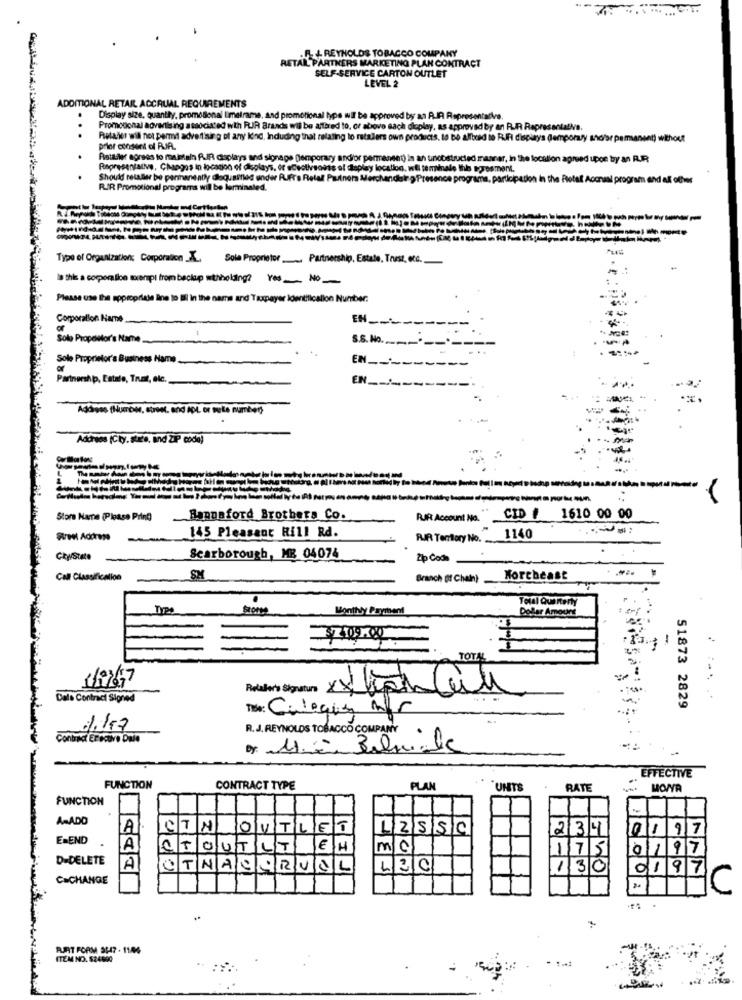
.R. L REYNOLDS TOBACCO COMPANY
RETAL PARTNERS MARKETING PLAN CONTRACT
SELF-SERVICE CARTON OUTLET
LEVEL 2
ADDITIONAL RETAIL ACCRUAL REQUIREMENTS
Display size, quantity, promotional limeirame, And promotional type wil be approved by an RIR Representative.
Promotional advertising associated with RUIR Brands will be alter ed to, or above sach display, as approved by an RJA RepresentabVe.
.
Retailer wil not permi advertising of any kind, Induding that relating to ratslers own products. to be alfbold io RIF displays (Temporary and/or permanent)
hout
prior consent of RUA.
Retailer agrees to maintain RIR displays and signage Demporary and/or permanent) in an tinobstructed manner, in the location agreed upon by an RUR
Representative, Changes in location of displays, or efectivaosss el ctoplay location, will teminale Ihle egresmant.
play location, wifi teminale Ihle egresment.
Should retaller be permanently Claquaitled under Pufra Retal
Hrchandsir > Presence programs, participation in the Riotal Accnasl program and all ofhww
RIR Promotional programa will be lerineled.
Type of Organization: Corporation IL Sole Proprietor Partnership, Estale, Trust, ecc.
is this a copenalice merpl from beclap witholding? Yes No
Please use the appropriate line to lill in the name and Taxpayer Identification Number:
Corporation Hame
EN __
Solo Propostor's Name
S.S. No .____-------
Sole Proprietor's Business Name
--
or
EN _--------
Partnership, Estate, Truit, elc.
EN ___
Address (Number, süren. and ADL or wute number)
-
Address (City. stico, and ZIP code)
Store Mare (Please Print)
Banusford Brothers Co.
RJR Account No.
CID # 1610 00 00
145 Pleasant Hill Rd.
Street Address
RIR Tentory No.
1140
CkwState
Scarborough, MB 04074
Zip Code
Call Classificalion
SM
Branch Of Chain)
Northeast
Total Quenteny
Stores
Monthly Payment
Dollar Amount
TOT
Retailer's Signature
Dale Contract Signed
The: Caleque mfr
51873 2829
1.17
R. J. REYNOLDS TOBACCO COMPANY
Contract Erecove Dale
EFFECTIVE
FUNCTION
CONTRACT TYPE
PLAN
UNITS
RATE
FUNCTION
A-ADD
AI
CTN
OUTLET
LZSSa
234
0197
E=END
A
CTOUTLT
JE/H
mc
175
0197
D-DELETE
A
CTNACCRUAL
L30
130
0197
C=CHANGE
C
..
FURT FORM SH47 . 1104
ITEM NO. $24690